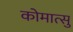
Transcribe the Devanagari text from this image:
कोमात्सु